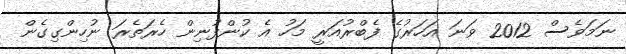
ނަމަވެސް 2012 ވަނަ އަހަރުގެ ފެބްރުއަރީ މަހު އެ ކުންފުނިން ހެރަތެރަ ނުހިންގިގެން